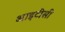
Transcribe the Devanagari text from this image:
आइटीसी